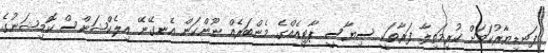
ފަނޑިޔާރުކަމަށް ކުރިމަތިލާ ފަރާތަކީ ސިޔާސީ ޕާޓީއެއްގެ މެންބަރެއް ނޫންކަން އެނގޭނޭ އިލެކްޝަންސް ކޮމިޝަނުގެ